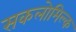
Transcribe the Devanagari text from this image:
सकलोमिल्क